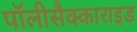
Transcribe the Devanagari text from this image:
पॉलीसैक्काराइड